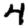
Digit: 4